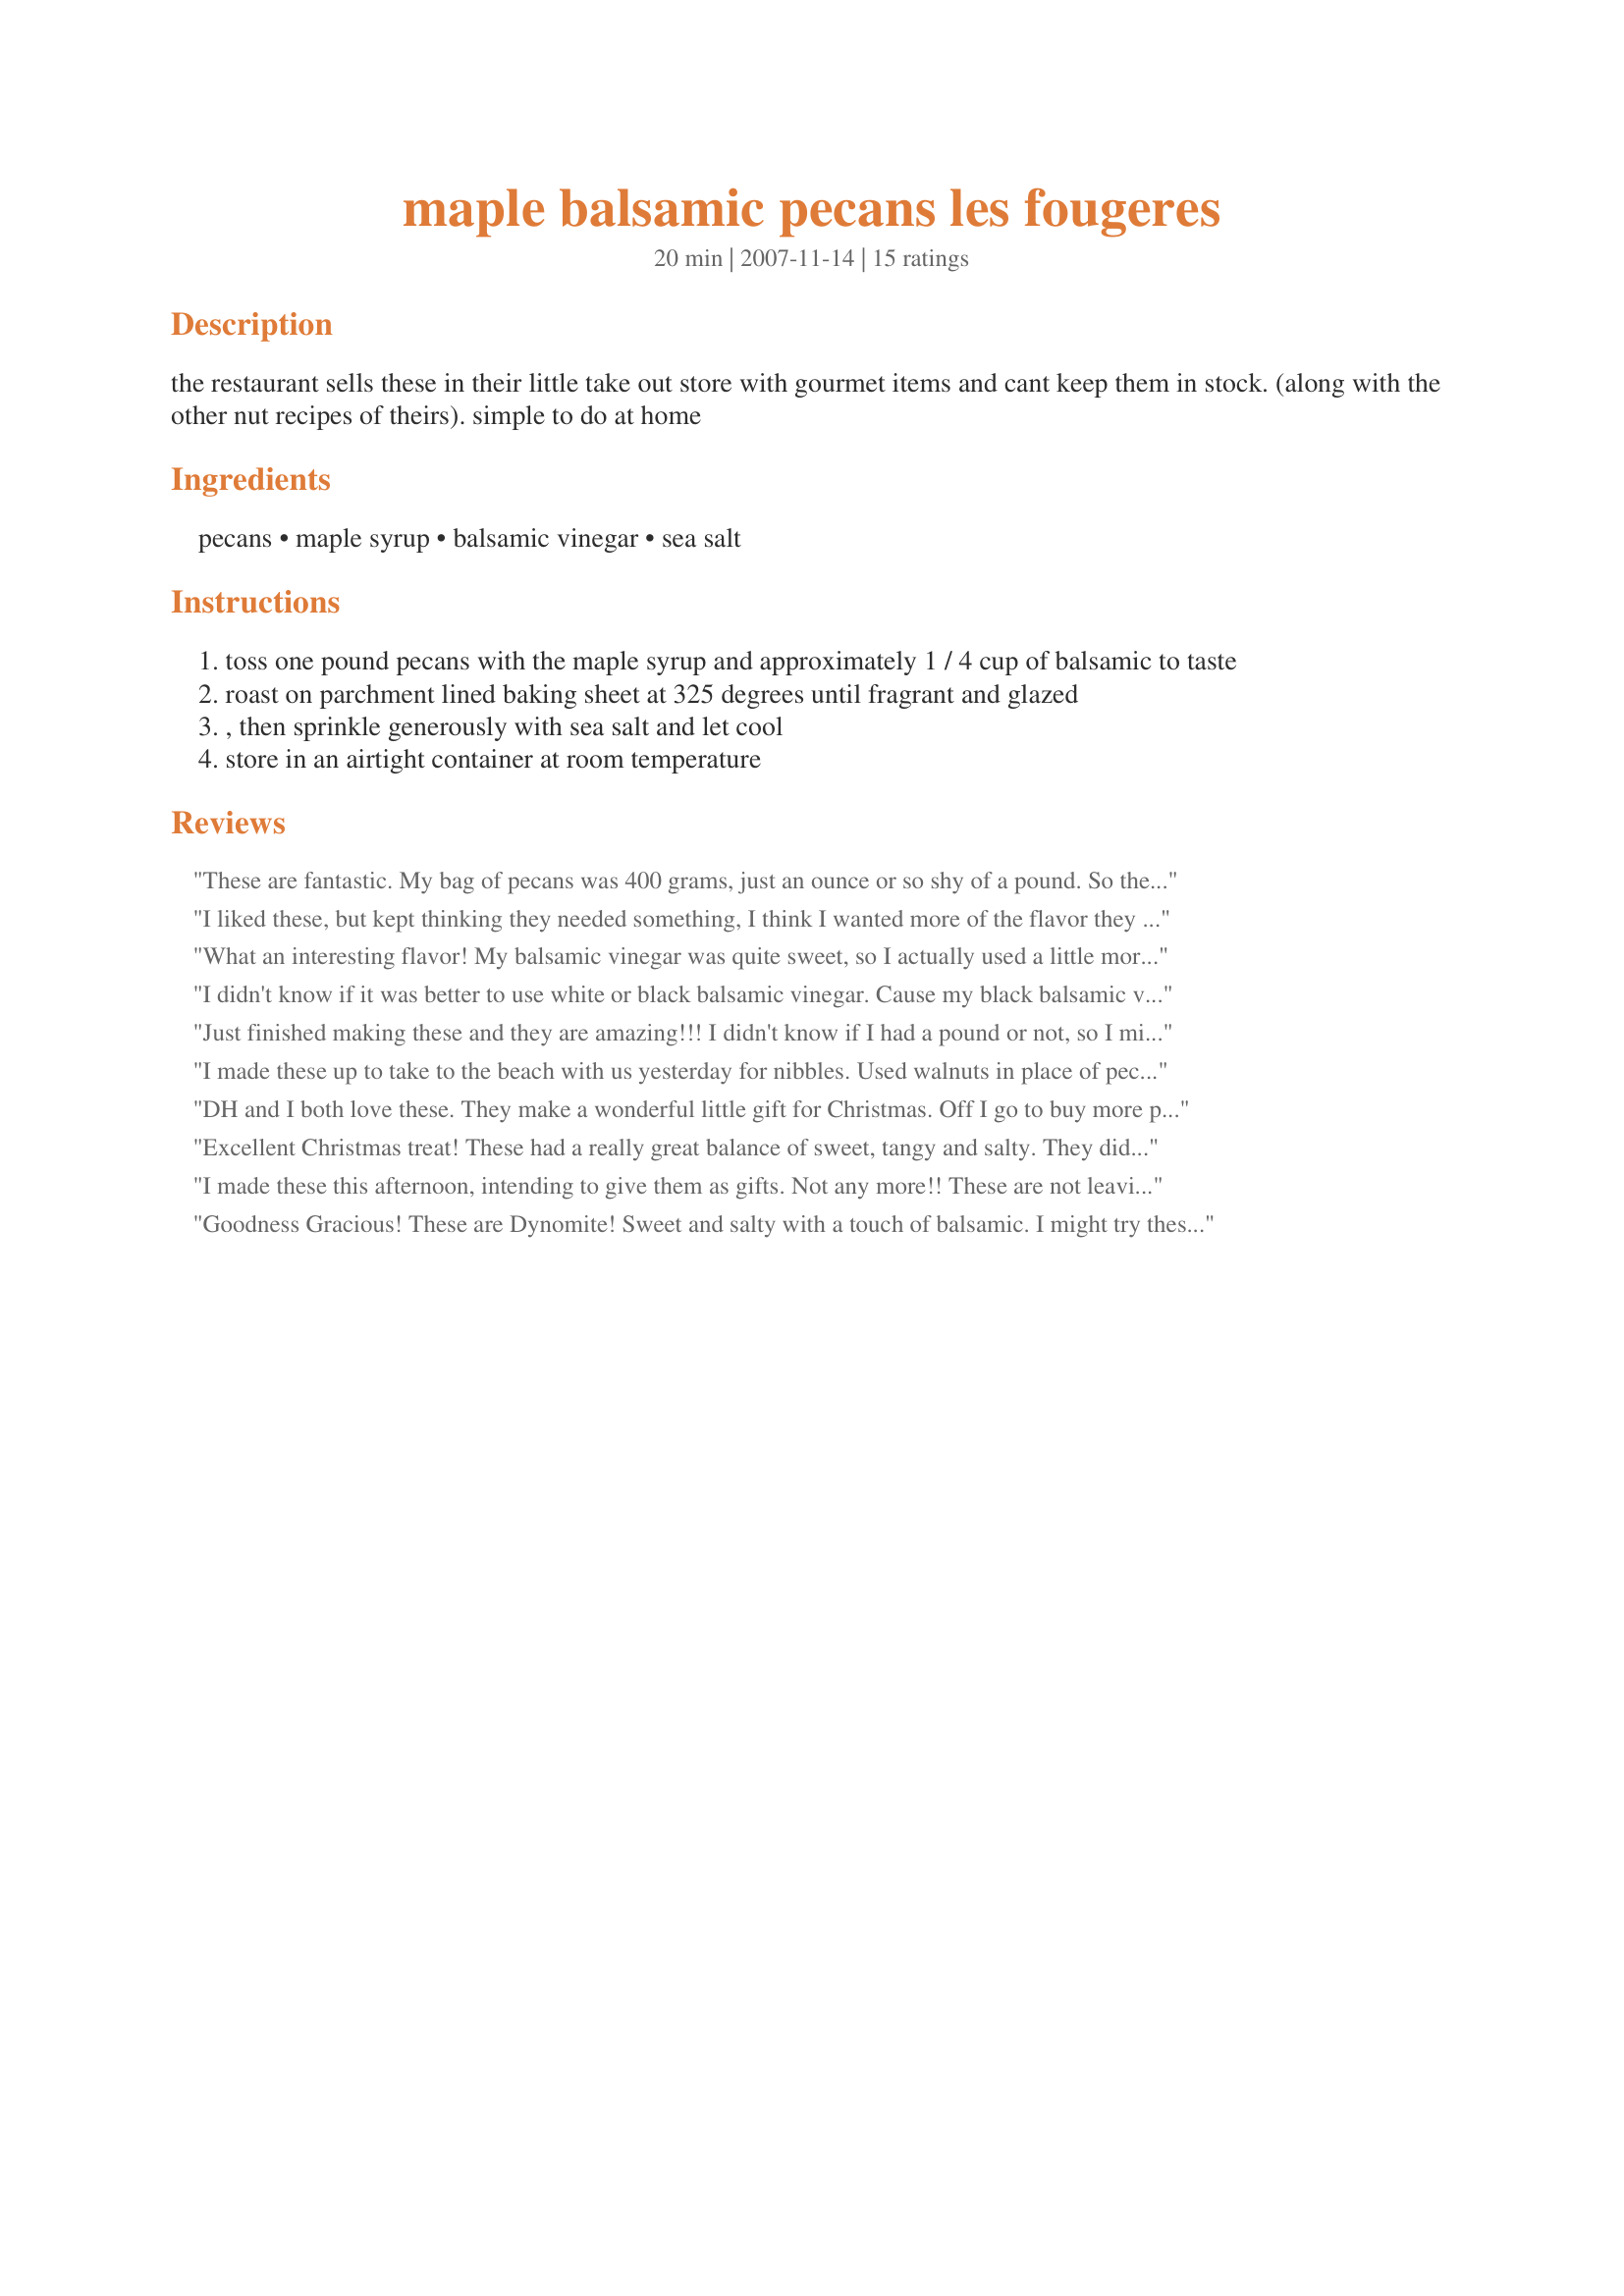
maple balsamic pecans les fougeres
Preparation time: 20 minutes

the restaurant sells these in their little take out store with gourmet items and cant keep them in stock. (along with the other nut recipes of theirs). simple to do at home

Ingredients:
pecans, maple syrup, balsamic vinegar, sea salt

Steps:
toss one pound pecans with the maple syrup and approximately 1 / 4 cup of balsamic to taste
roast on parchment lined baking sheet at 325 degrees until fragrant and glazed
, then sprinkle generously with sea salt and let cool
store in an airtight container at room temperature

Reviews:
These are fantastic. My bag of pecans was 400 grams, just an ounce or so shy of a pound. So there was a little bit too much liquid and I had to pour a bit off. Other than this little glitch, preparation was quite easy. I will certainly be making these again.
I liked these, but kept thinking they needed something, I think I wanted more of the flavor they have, but the maple/balsamic is pretty light. My husband wanted them crunchier so I will try toasting the pecans a bit before mixing them into the syrup. I used Mrs. Butterworth syrup since that was all I had, I will try them again with pure maple syrup and see if it makes a difference.
What an interesting flavor! My balsamic vinegar was quite sweet, so I actually used a little more than 1/4 cup to get the right flavor. After roasting they seemed a little TOO sweet until I added the salt, which made them perfect. I'm so excited to put these in my Christmas gift baskets!
I didn't know if it was better to use white or black balsamic vinegar. Cause my black balsamic vinegar is probably not the best quality. So I used white. It gave them a nice result. They are like candy. Thanks Marra. Made for the Babes of ZWT4
Just finished making these and they are amazing!!! I didn't know if I had a pound or not, so I mixed enough maple syrup and balsamic vinegar to coat the nuts, and kept tasting and tweaking until it suited me. I used red balsamic vinegar I had bought from Sam's Club about a year ago. It's a big bottle and when I had bought it the taste wasn't so good, but after some time the vinegar gets thicker, sweeter and all around better. Then roasted then in a pan lined with parchment paper - it really help keep the mess down. Also turned the nuts during the roasting to help the maple/balsamic coat the nuts better. This recipe is a definite keeper.
I made these up to take to the beach with us yesterday for nibbles. Used walnuts in place of pecans. Like Paula, there was too much of the syrup, so I just drained off before roasting and used the extra in salad dressing! Very taste.
DH and I both love these. They make a wonderful little gift for Christmas. Off I go to buy more pecans.
Excellent Christmas treat! These had a really great balance of sweet, tangy and salty. They didn't last very long in our house. Thanks MarraMamba!
I made these this afternoon, intending to give them as gifts. Not any more!!
These are not leaving my clutches - they are simply wonderful and i will be making them again.
Thanks for sharing.
Goodness Gracious! These are Dynomite! Sweet and salty with a touch of balsamic. I might try these on the stovetop next time and see if I can reduce the liquid a little but they are just delightful as they are. Thanks for the recipe Marra!
Interesting take on the usual spiced or sweet nuts. As a diabetic I am pretty much staying away from pure maple syrup so I subbed Cary's Sugar Free Maple and a beaten egg white. I was using a homemade fig balsamic so when the nuts came out of the oven I used the same spices I would in a fig cake- a little ginger, some mace and some lemon zest. These were terrific. I loved the balsamic taste with the nuts. Great recipe!
These were wonderful. I have to be careful when I put them out or I will sit there and eat them all. Thanks for a great recipe I will make again soon!
These are habit forming. I did have a little problem with the proper measurement. It could have been that my pound measure of pecans was a little shy. There seemed to be way to much syrup/vinegar and I ended up draining the excess off and toss with additional pecans. They were also baked at 350 degrees for about 20 minutes. I did use a Grade B maple syrup. These make an excellent treat or a very nice gift.
These were more like sweets than I expected, I thought that the more tart notes of a balcamico would offset the maple syrup but this recipe seemed to bring out the sweetness in the balsamic, so for us it was more like sweet plus sweet flavour. We seem to prefer a less sweet result so this was only "ok" for us but personal preference is everything and tastes differ around the globe so I'd advise people to judge for themselves. Please see my Rating System: 3 stars for a recipe that we liked, but couldn't rave about. The sauce hardens into little puddles around the nuts... be careful these are all very much hotter then it looks when you first get them out of the oven, so beware of burns. Thanks!
Based on the other reviewers comments, I took the strategy of reducing the balsamic vinegar by half and then mixing in the maple syrup (about 1/2 cup) and that work very well. I got them to crisp up better that way I think. Good combo of flavors. My friend used them on Recipe #175911. Thanks for sharing this. Much better then just plain sugar coated nuts. Might gift these at the end of the year.
